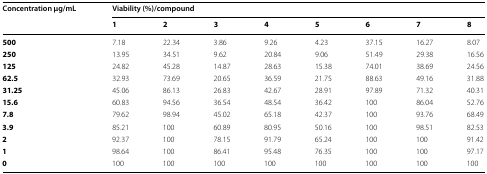
| <ROWSPAN=2> Concentration μg/mL | <COLSPAN=8> Viability (%)/compound |
 | 1 | 2 | 3 | 4 | 5 | 6 | 7 | 8 |
 | --- | --- | --- | --- | --- | --- | --- | --- | --- |
 | 500 | 7.18 | 22.34 | 3.86 | 9.26 | 4.23 | 37.15 | 16.27 | 8.07 |
 | 250 | 13.95 | 34.51 | 9.62 | 20.84 | 9.06 | 51.49 | 29.38 | 16.56 |
 | 125 | 24.82 | 45.28 | 14.87 | 28.63 | 15.38 | 74.01 | 38.69 | 24.56 |
 | 62.5 | 32.93 | 73.69 | 20.65 | 36.59 | 21.75 | 88.63 | 49.16 | 31.88 |
 | 31.25 | 45.06 | 86.13 | 26.83 | 42.67 | 28.91 | 97.89 | 71.32 | 40.31 |
 | 15.6 | 60.83 | 94.56 | 36.54 | 48.54 | 36.42 | 100 | 86.04 | 52.76 |
 | 7.8 | 79.62 | 98.94 | 45.02 | 65.18 | 42.37 | 100 | 93.76 | 68.49 |
 | 3.9 | 85.21 | 100 | 60.89 | 80.95 | 50.16 | 100 | 98.51 | 82.53 |
 | 2 | 92.37 | 100 | 78.15 | 91.79 | 65.24 | 100 | 100 | 91.42 |
 | 1 | 98.64 | 100 | 86.41 | 95.48 | 76.35 | 100 | 100 | 97.17 |
 | 0 | 100 | 100 | 100 | 100 | 100 | 100 | 100 | 100 |